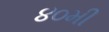
૪૦મી